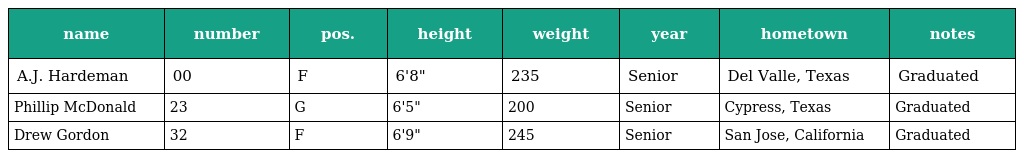
| name | number | pos. | height | weight | year | hometown | notes |
 | --- | --- | --- | --- | --- | --- | --- | --- |
 | A.J. Hardeman | 00 | F | 6'8" | 235 | Senior | Del Valle, Texas | Graduated |
 | Phillip McDonald | 23 | G | 6'5" | 200 | Senior | Cypress, Texas | Graduated |
 | Drew Gordon | 32 | F | 6'9" | 245 | Senior | San Jose, California | Graduated |